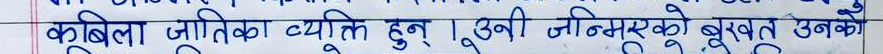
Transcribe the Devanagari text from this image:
कूबिला जुलिका व्यक्ति हुन्। उनी जीनियसको बखत उनको